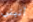
أتيتي